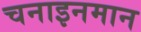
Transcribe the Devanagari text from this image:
चनाइनमान